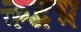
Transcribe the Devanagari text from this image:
क्तद्वद्म